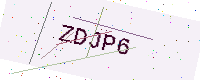
Text: ZDJP6